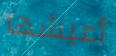
أعيشها